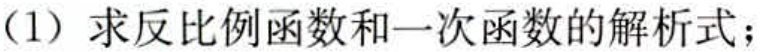
(1) 求反比例函数和一次函数的解析式；